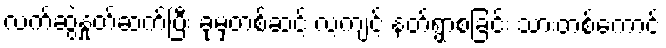
လက်ဆွဲနှုတ်ဆက်ပြီး ခုမှတစ်ဆင့် လ့ကျင့် နတ်ရွာစံခြင်း သားတစ်ကောင်